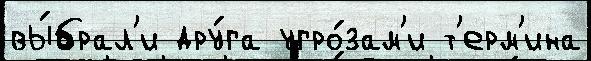
вы́брал'и дру́га угро́зам'и т'ерм'ина